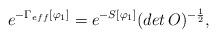
LaTeX: \begin{align*}e^{-\Gamma_{eff}[\varphi_{1}]}=e^{-S[\varphi_{1}]}(det\,O)^{-\frac{1}{2}},\end{align*}